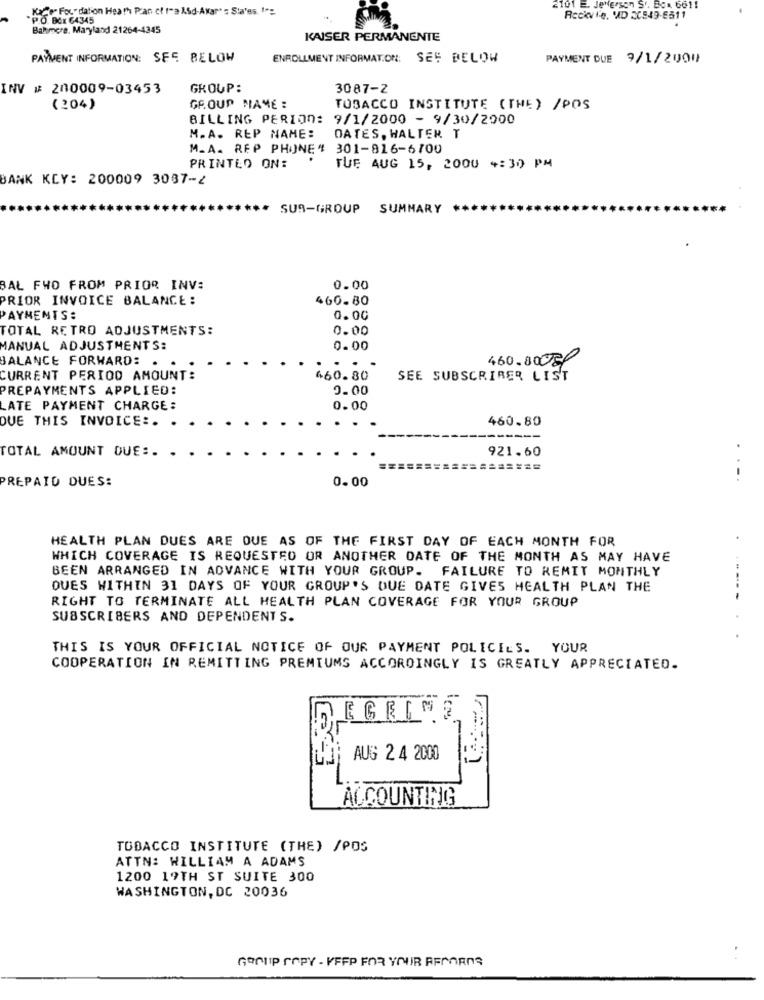
. Ka"o" Foudation Heath Plan ct tra ASd-Akar" : Sta'es, In:
2101 E. Jefferson S'. Box 6611
P.O. BOX 64345
Rockvie, VAD XC549-E511
Bahmere, Maryland 21264-4345
KAISER PERMANENTE
PAYMENT INFORMATION: SEE BELOW
ENROLLMENT INFORMATION: SEE BELOW
PAYMENT DUE 7/1/2001
INV # 200009-03453
GROUP:
3087-2
(204)
GROUP NAME :
TOBACCO INSTITUTE (THE) /POS
BILLING PERIOD: 9/1/2000 - 9/30/2000
M.A. REP NAME:
DATES. WALTER T
M_A_ REP PHONE 4 301-816-6700
PRINTED ON:
TUE AUG 15, 2000 4:30 PM
BANK KCY: 200009 3087-2
. SUS-GROUP SUMMARY
BAL FWO FROM PRIOR INV=
0.00
PRIOR INVOICE BALANCE :
460.80
PAYMENTS:
0.00
TOTAL RETRO ADJUSTMENTS:
0.00
MANUAL ADJUSTMENTS:
0.00
BALANCE FORWARD: .
460.80 8/
CURRENT PERIOD AMOUNT:
460.80
SEE SUBSCRIBER LIST
PREPAYMENTS APPLIED:
0.00
LATE PAYMENT CHARGE:
0.00
DUE THIS INVOICE :.
460.80
TOTAL AMOUNT DUE :.
921.60
PREPAID DUES:
0.00
....
HEALTH PLAN DUES ARE DUE AS OF THE FIRST DAY OF EACH MONTH FOR
WHICH COVERAGE IS REQUESTED OR ANOTHER DATE OF THE MONTH AS MAY HAVE
BEEN ARRANGED IN ADVANCE WITH YOUR GROUP. FAILURE TO REMIT MONTHLY
QUES WITHIN 31 DAYS OF YOUR GROUP'S DUE DATE GIVES HEALTH PLAN THE
RIGHT TO TERMINATE ALL HEALTH PLAN COVERAGE FOR YOUR GROUP
SUBSCRIBERS AND DEPENDENT S.
THIS IS YOUR OFFICIAL NOTICE OF OUR PAYMENT POLICIES. YOUR
COOPERATION IN REMITTING PREMIUMS ACCORDINGLY IS GREATLY APPRECIATED.
EGRIS
LJ; AUG 2 4 2000
ACCOUNTING
TOBACCO INSTITUTE (THE) /POS
ATTN: WILLIAM A ADAMS
1200 19TH ST SUITE 300
WASHINGTON, DC 20036
GROUP COPY - KEEP FOR YOUR RECORDS